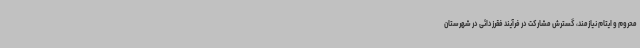
محروم و ایتام نیازمند، گسترش مشارکت در فرآیند فقرزدائی در شهرستان